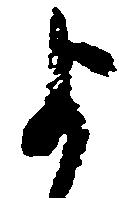
よ